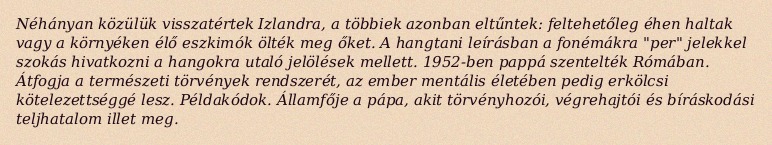
Néhányan közülük visszatértek Izlandra, a többiek azonban eltűntek: feltehetőleg éhen haltak vagy a környéken élő eszkimók ölték meg őket. A hangtani leírásban a fonémákra "per" jelekkel szokás hivatkozni a hangokra utaló jelölések mellett. 1952-ben pappá szentelték Rómában. Átfogja a természeti törvények rendszerét, az ember mentális életében pedig erkölcsi kötelezettséggé lesz. Példakódok. Államfője a pápa, akit törvényhozói, végrehajtói és bíráskodási teljhatalom illet meg.